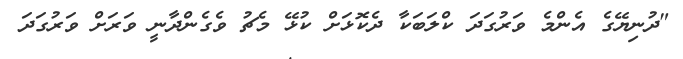
"ދުނިޔޭގެ އެންމެ ވަރުގަދަ ކްލަބަކާ ދެކޮޅަށް ކުޅޭ މެޗު ވެގެންދާނީ ވަރަށް ވަރުގަދަ